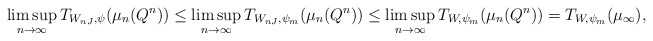
\begin{align*}\limsup_{n \to \infty} T_{W_{nJ}, \psi}(\mu_n(Q^n)) &\le \limsup_{n \to \infty} T_{W_{nJ},\psi_m}(\mu_n(Q^n)) \le \limsup_{n \to \infty} T_{W,\psi_m}(\mu_n(Q^n)) = T_{W,\psi_m}(\mu_\infty), \end{align*}